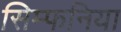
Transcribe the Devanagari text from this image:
सिम्फनिया